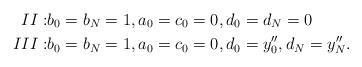
LaTeX: \begin{align*}II: & b_0=b_N=1 , a_0=c_0=0, d_0=d_N=0\\III: & b_0=b_N=1 , a_0=c_0=0, d_0=y''_0 , d_N=y''_N.\end{align*}